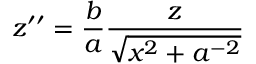
z ^ { \prime \prime } = \frac { b } { a } \frac { z } { \sqrt { x ^ { 2 } + a ^ { - 2 } } }